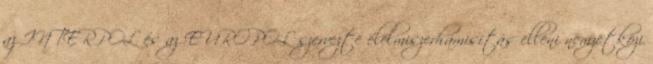
az INTERPOL és az EUROPOL szervezte élelmiszerhamisítás elleni nemzetközi